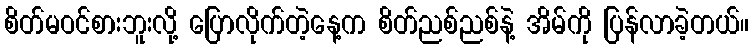
စိတ်မဝင်စားဘူးလို့ ပြောလိုက်တဲ့နေ့က စိတ်ညစ်ညစ်နဲ့ အိမ်ကို ပြန်လာခဲ့တယ်။